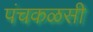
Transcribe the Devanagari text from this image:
पंचकळसी